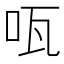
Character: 咓